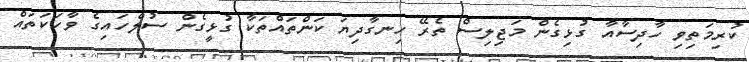
ކުރިމަތިވި ހާދިސާއާ ގުޅިގެން މަޖިލިސް ތެރޭ ހިނގާދިޔަ ކަންތައްތަކާ ގުޅީގެން ސުލްހައިގެ ވާހަކަތައް